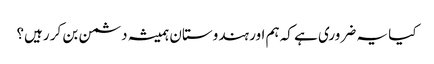
کیا یہ ضروری ہے کہ ہم اور ہندوستان ہمیشہ دشمن بن کر رہیں؟